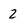
Character: 2